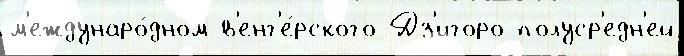
м'еждунаро́дном в'енг'е́рского Дз'игоро полуср'едн'ей